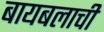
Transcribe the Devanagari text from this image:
बायबलाची